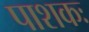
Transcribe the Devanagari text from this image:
पाशकः